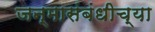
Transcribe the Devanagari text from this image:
जन्मासंबंधीच्या